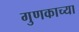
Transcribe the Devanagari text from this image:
गुणकाच्या